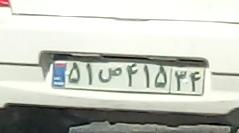
۵۱ص۴۱۵۳۴